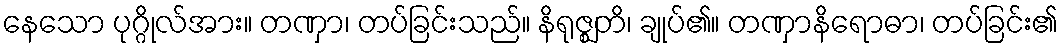
နေသော ပုဂ္ဂိုလ်အား။ တဏှာ၊ တပ်ခြင်းသည်။ နိရုဇ္ဈတိ၊ ချုပ်၏။ တဏှာနိရောဓာ၊ တပ်ခြင်း၏